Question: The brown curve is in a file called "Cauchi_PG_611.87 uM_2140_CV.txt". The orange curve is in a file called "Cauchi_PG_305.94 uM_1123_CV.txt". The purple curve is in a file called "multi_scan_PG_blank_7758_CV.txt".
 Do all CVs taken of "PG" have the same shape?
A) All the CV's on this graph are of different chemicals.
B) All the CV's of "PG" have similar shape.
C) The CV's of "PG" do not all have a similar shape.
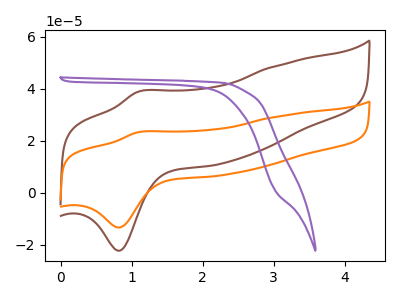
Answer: <think>The brown curve "PG 611.87 uM" has an anodic peak at (1.10V, 38.85uA) and a cathodic peak at (0.80V, -22.30uA). The orange curve "PG 305.94 uM" has an anodic peak at (1.10V, 23.25uA) and a cathodic peak at (0.80V, -13.35uA). The purple curve "PG blank" has no peaks.
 All the peaks in "PG 611.87 uM" have a peak in "PG 305.94 uM" at the same potential. Every peak in "PG 611.87 uM" is higher than every peak in "PG 305.94 uM". "PG 611.87 uM" and "PG blank" have a different number of peaks. "PG 305.94 uM" and "PG blank" have a different number of peaks.</think>
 <answer>B) All the CV's of "PG" have similar shape.</answer>
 <eval>B</eval>